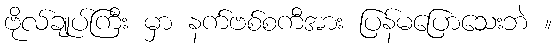
ဗိုလ်ချုပ်ကြီး မှာ နက်ဗစ်စကီအား ပြန်မပြောသေးဘဲ ။